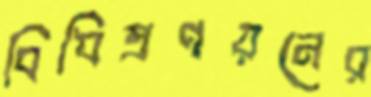
বিধিপ্রণয়নের